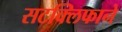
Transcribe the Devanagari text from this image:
सटक्लिफाने